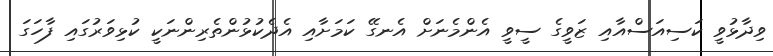
ވިދާޅުވީ ކަސިއަސްއާއި ޒަވީގެ ސީވީ އެންމެނަށް އެނގޭ ކަމަށާއި އެދެކުޅުންތެރިންނަކީ ކުޅިވަރުގައި ފާހަގަ